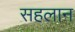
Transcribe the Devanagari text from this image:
सहलान